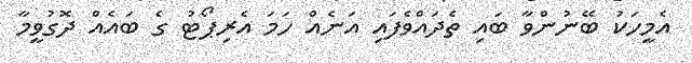
އެމީހަކު ބޭނުންވާ ބައި ތެދައްވެފައި އަނެއް ހަމަ އެރިޕޯޓު ގެ ބައެއް ދޮގުވީމާ